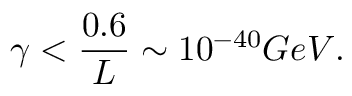
\gamma < { \frac { 0 . 6 } { L } } \sim 1 0 ^ { - 4 0 } G e V .